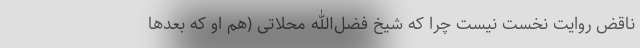
ناقض روایت نخست نیست چرا که شیخ فضل‌الله محلاتی (هم او که بعد‌ها